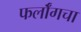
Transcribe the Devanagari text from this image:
फर्लाँगचा